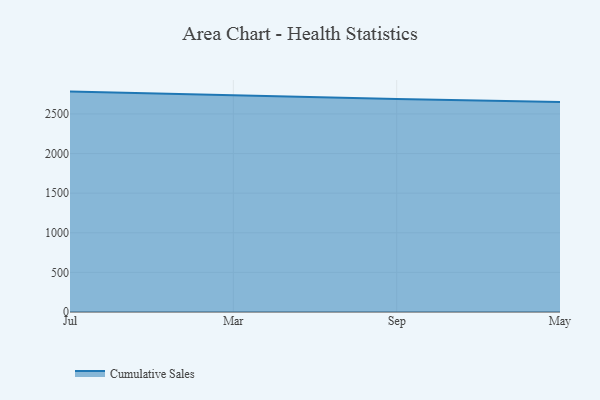
{"axis": {"x": "Month", "y": "Operating Costs (USD K)"}, "legend": ["Cumulative Sales"], "data": [{"x": "Jul", "y": 2781.9, "type": "Cumulative Sales"}, {"x": "Mar", "y": 2729.9, "type": "Cumulative Sales"}, {"x": "Sep", "y": 2687.0, "type": "Cumulative Sales"}, {"x": "May", "y": 2651.6, "type": "Cumulative Sales"}]}